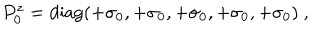
P _ { 0 } ^ { z } = \mathrm { d i a g } ( + \sigma _ { 0 } , + \sigma _ { 0 } , + \sigma _ { 0 } , + \sigma _ { 0 } , + \sigma _ { 0 } ) ~ , ~ \,